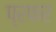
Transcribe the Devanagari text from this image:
प्रफर